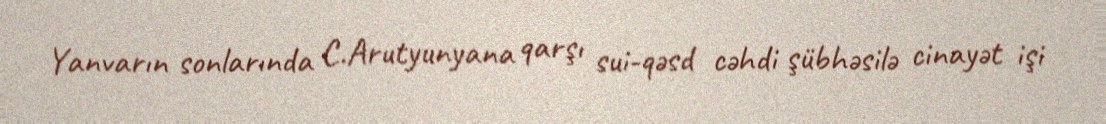
Yanvarın sonlarında C.Arutyunyana qarşı sui-qəsd cəhdi şübhəsilə cinayət işi